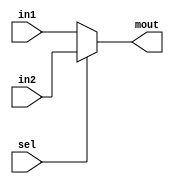
module Mux2_to1_32bits(
	output reg [31:0] mout,
	input [31:0] in1, in2,
	input sel
    );
	 
	 always @(*) begin
	 if (sel == 0) begin
	     mout <= in1;
	 end
	 else begin
	     mout <= in2;
	 end
	 
	 
	 end


endmodule